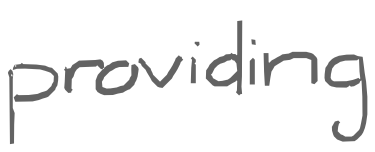
Text: providing
Cross-out: clean
Writing tool: digital_gray